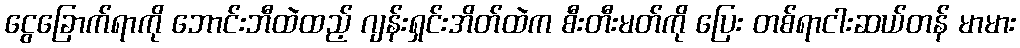
ငွေခြောက်ရာကို ဘောင်းဘီထဲထည့် ဂျန်းရှင်းအိတ်ထဲက စီးတီးမတ်ကို ပြေး တစ်ရာငါးဆယ်တန် မာမား